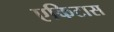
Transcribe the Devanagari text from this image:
एकिटास